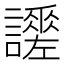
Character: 𧭯